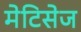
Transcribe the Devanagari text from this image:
मेटिसेज